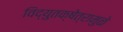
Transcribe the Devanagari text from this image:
विद्युतक्षेत्रामुळे